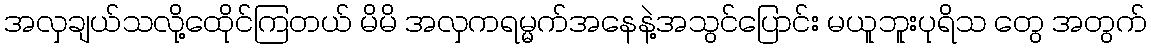
အလှချယ်သလို့ထေိုင်ကြတယ် မိမိ အလှကရမ္မက်အနေနဲ့အသွင်ပြောင်း မယူဘူးပုရိသ တွေ အတွက်